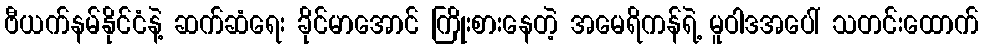
ဗီယက်နမ်နိုင်ငံနဲ့ ဆက်ဆံရေး ခိုင်မာအောင် ကြိုးစားနေတဲ့ အမေရိကန်ရဲ့ မူဝါဒအပေါ် သတင်းထောက်